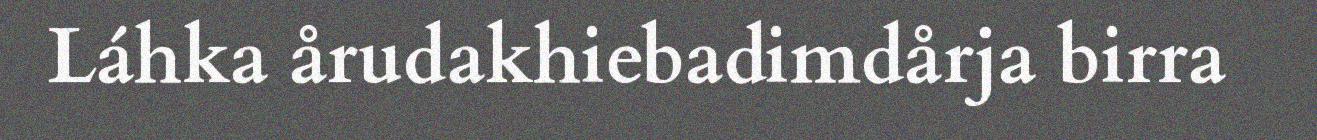
Láhka årudakhiebadimdårja birra